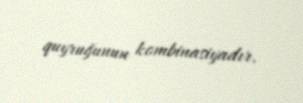
quyruğunun kombinasiyadır.